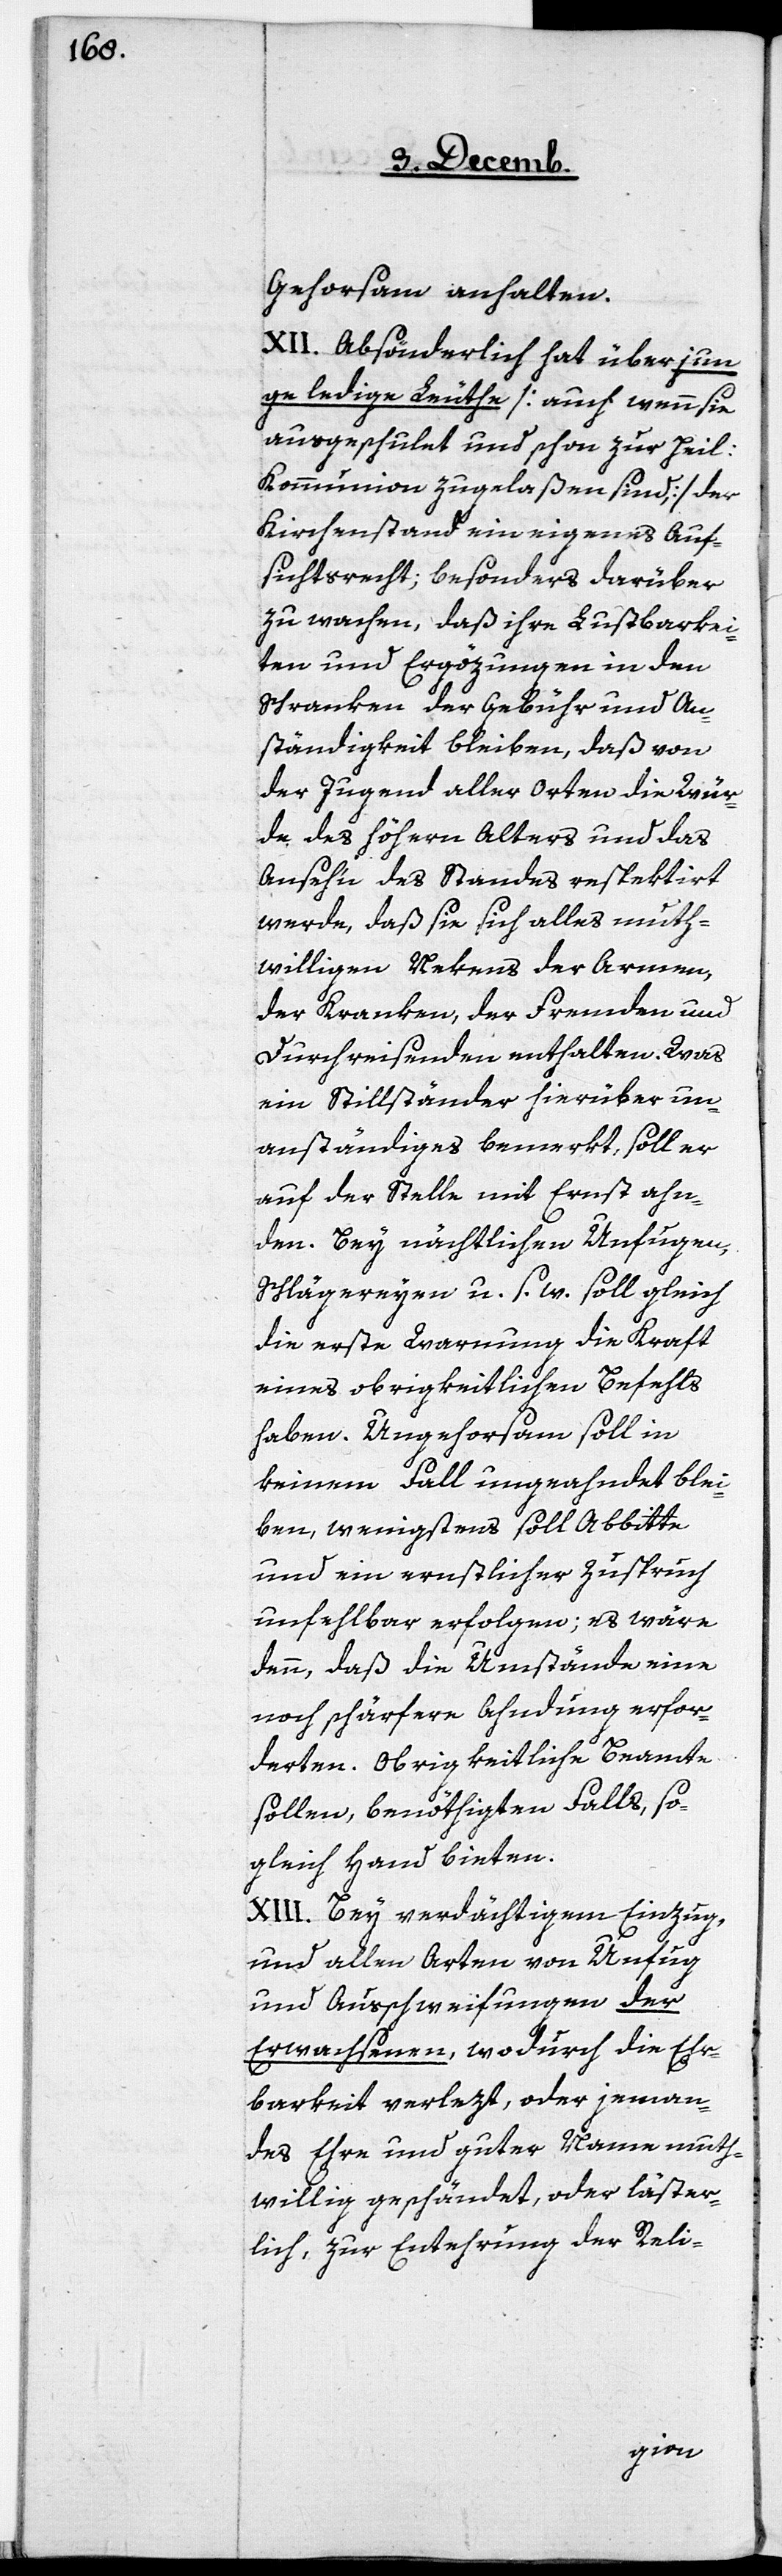
Gehorsam anhalten.
XII. Absönderlich hat über jun¬
ge ledige Leuthe [auch wenn sie
ausgeschulet und schon zur heil.
Kommunion zugelaßen sind,] der
Kirchenstand ein eigenes Auf¬
sichtsrecht; besonders darüber
zu wachen, daß ihre Lustbarkei¬
ten und Ergözungen in den
Schranken der Gebühr und An¬
ständigkeit bleiben, daß von
der Jugend aller Orten die Wür¬
de des höhern Alters und das
Anseh’n des Standes respektirt
werde, daß sie sich alles muth¬
willigen Nekens der Armen,
der Kranken, der Fremden und
Durchreisenden enthalten. Was
ein Stillständer hierüber un¬
anständiges bemerkt, soll er
auf der Stelle mit Ernst ahn¬
den. Bey nächtlichen Unfugen,
Schlägereyen u. s. w. soll gleich
die erste Warnung die Kraft
eines obrigkeitlichen Befehls
haben. Ungehorsam soll in
keinem Fall ungeahndet blei¬
ben, wenigstens soll Abbitte
und ein ernstlicher Zuspruch
unfehlbar erfolgen; es wäre
denn, daß die Umstände eine
noch schärfere Ahndung erfor¬
derten. Obrigkeitliche Beamte
sollen, benöthigten Falls, so¬
gleich Hand bieten.
XIII. Bey verdächtigem Einzug,
und allen Arten von Unfug
und Ausschweifungen der
Erwachsenen, wodurch die Ehr¬
barkeit verlezt, oder jeman¬
des Ehre und guter Name muth¬
willig geschändet, oder läster¬
lich, zur Entehrung der Reli-